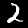
Digit: 2